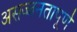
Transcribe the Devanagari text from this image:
असज्जनतापूर्ण